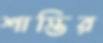
শাস্তির